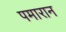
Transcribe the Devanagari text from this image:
पमारान